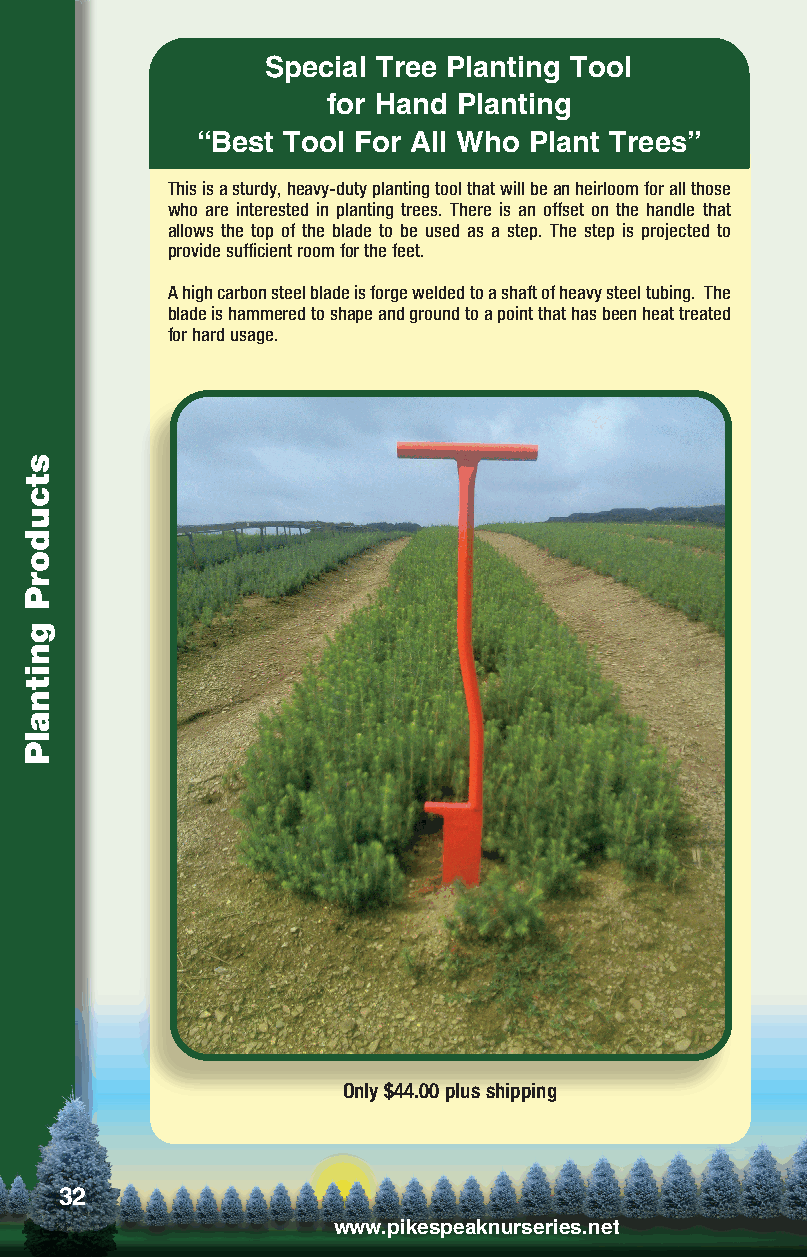
Special Tree Planting Tool
 for Hand Planting
 “Best Tool For All Who Plant Trees”
 This is a sturdy, heavy-duty planting tool that will be an heirloom for all those
 who are interested in planting trees. There is an offset on the handle that
 allows the top of the blade to be used as a step. The step is projected to
 provide sufficient room for the feet.
 A high carbon steel blade is forge welded to a shaft of heavy steel tubing. The
 blade is hammered to shape and ground to a point that has been heat treated
 for hard usage.
 Only $44.00 plus shipping
 32
 www.pikespeaknurseries.net
 stcudorP
 gnitnalP